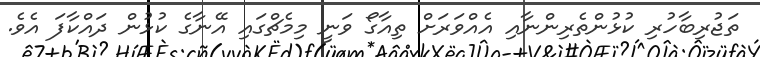
ތަޖުރިބާހުރި ކުޅުންތެރިންނާއި އެއްވަރަށް ތިއާގޯ ވަނީ މިމެޗްގައި އޭނާގެ ކުޅުން ދައްކާފަ އެވެ.